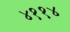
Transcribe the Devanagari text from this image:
४११४